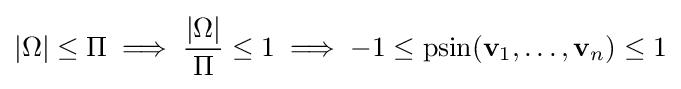
|\Omega |\leq \Pi \implies {\frac {|\Omega |}{\Pi }}\leq 1\implies -1\leq \operatorname {psin} (\mathbf {v} _{1},\dots ,\mathbf {v} _{n})\leq 1